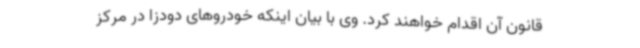
قانون آن اقدام خواهند کرد. وی با بیان اینکه خودروهای دودزا در مرکز